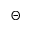
\Theta